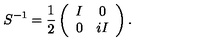
S ^ { - 1 } = \frac { 1 } { 2 } \left( \begin{array} { c c } { I } & { 0 } \\ { 0 } & { i I } \\ \end{array} \right) .